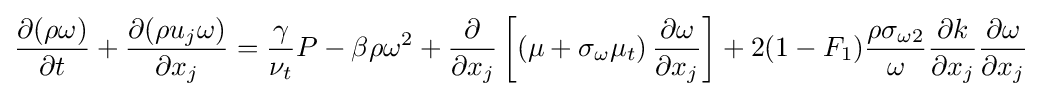
{\frac {\partial (\rho \omega )}{\partial t}}+{\frac {\partial (\rho u_{j}\omega )}{\partial x_{j}}}={\frac {\gamma }{\nu _{t}}}P-\beta \rho \omega ^{2}+{\frac {\partial }{\partial x_{j}}}\left[\left(\mu +\sigma _{\omega }\mu _{t}\right){\frac {\partial \omega }{\partial x_{j}}}\right]+2(1-F_{1}){\frac {\rho \sigma _{\omega 2}}{\omega }}{\frac {\partial k}{\partial x_{j}}}{\frac {\partial \omega }{\partial x_{j}}}